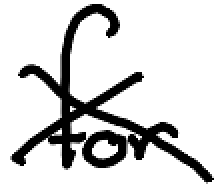
Text: for
Cross-out: cross
Writing tool: digital_black